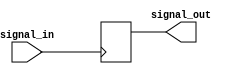
module RC_Delay (
    input wire signal_in,
    output reg signal_out
);

reg delay;

always @ (posedge signal_in) begin
    #5; // delay of 5 time units, can be adjusted as needed
    signal_out <= delay;
end

endmodule